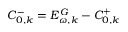
C _ { 0 , k } ^ { - } = E _ { \omega , k } ^ { G } - C _ { 0 , k } ^ { + }